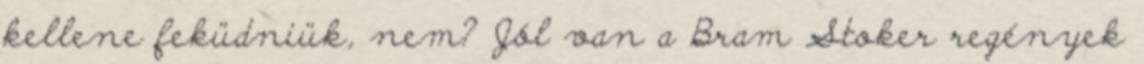
kellene feküdniük, nem? Jól van a Bram Stoker regények